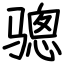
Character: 骢